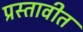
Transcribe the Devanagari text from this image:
प्रस्तावीत